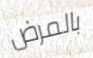
بالمرض